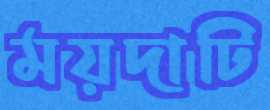
ময়দাটি